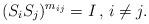
LaTeX: \begin{align*}( S_i S_j)^{m_{ij}} = I \, , \, i\neq j.\end{align*}